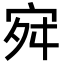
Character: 𭓬